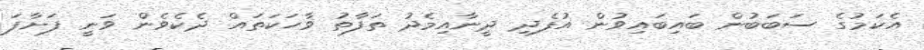
އެކަމުގެ ސަބަބުން ބައިބައިވުން އުފެދި ދީނާއިމެދު ތަފާތު ވާހަކަތައް ދެކެވެން ވަނީ ފަށާފަ